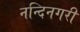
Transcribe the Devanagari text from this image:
नन्दिनगरी